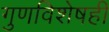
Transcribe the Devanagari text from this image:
गुणविशेषही